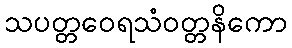
သပတ္တဝေရသံဝတ္တနိကော